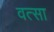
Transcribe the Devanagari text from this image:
वत्सा